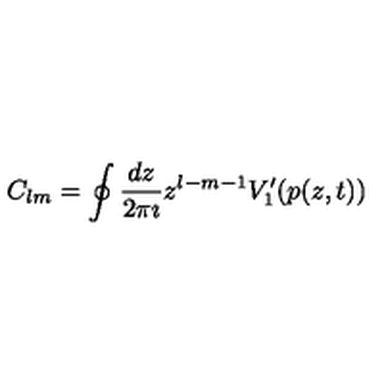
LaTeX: C _ { l m } = \oint \frac { d z } { 2 \pi \imath } z ^ { l - m - 1 } V _ { 1 } ^ { \prime } ( p ( z , t ) )